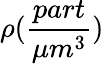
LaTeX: \rho(\frac{part}{\mu m^{3}})